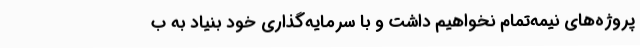
پروژه‌های نیمه‌تمام نخواهیم داشت و با سرمایه‌گذاری خود بنیاد به ب